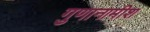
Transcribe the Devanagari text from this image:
गुणानामीश